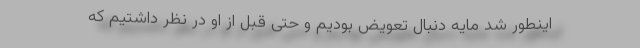
اینطور شد مایه دنبال تعویض بودیم و حتی قبل از او در نظر داشتیم که